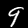
Digit: 9